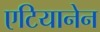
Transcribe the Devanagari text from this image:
एटियानेन